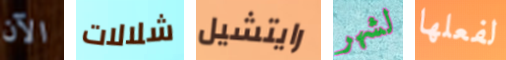
الآن شلالات رايتشيل لشهر لفعلها